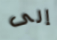
إلى